Vaccination Hyderabad 1890-1903 - 1890-1903
Year: 1890
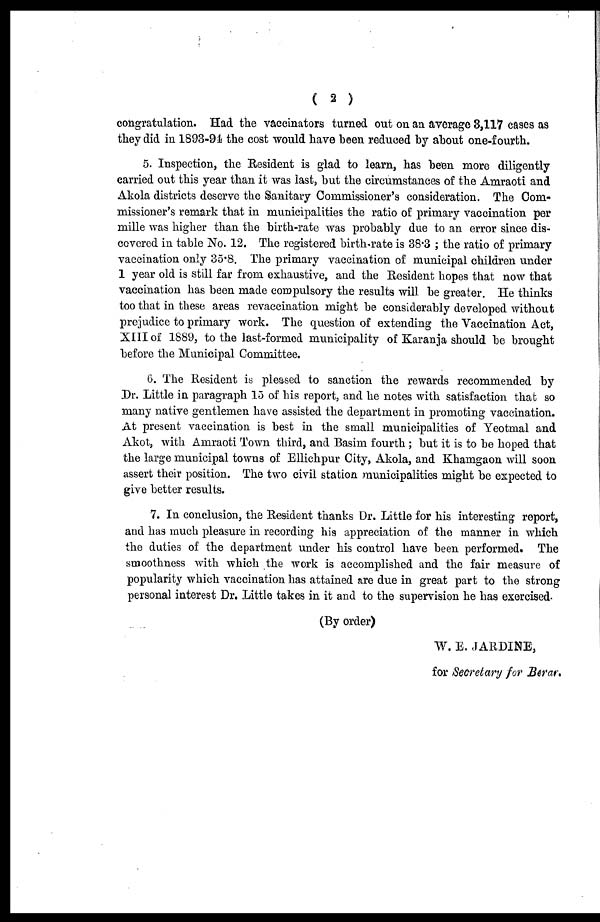
( 2 )
congratulation. Had the vaccinators turned out on an average 3,117 cases as
they did in 1893-94 the cost would have been reduced by about one-fourth.
5. Inspection, the Resident is glad to learn, has been more diligently
carried out this year than it was last, but the circumstances of the Amraoti and
Akola districts deserve the Sanitary Commissioner's consideration. The Com-
missioner's remark that in municipalities the ratio of primary vaccination per
mille was higher than the birth-rate was probably due to an error since dis-
covered in table No. 12. The registered birth-rate is 38.3 ; the ratio of primary
vaccination only 35.8. The primary vaccination of municipal children under
1 year old is still far from exhaustive, and the Resident hopes that now that
vaccination has been made compulsory the results will be greater. He thinks
too that in these areas revaccination might be considerably developed without
prejudice to primary work. The question of extending the Vaccination Act,
XIII of 1889, to the last-formed municipality of Karanja should be brought
before the Municipal Committee.
6. The Resident is pleased to sanction the rewards recommended by
Dr. Little in paragraph 15 of his report, and he notes with satisfaction that so
many native gentlemen have assisted the department in promoting vaccination.
At present vaccination is best in the small municipalities of Yeotmal and
Akot, with Amraoti Town third, and Basim fourth ; but it is to be hoped that
the large municipal towns of Ellichpur City, Akola, and Khamgaon will soon
assert their position. The two civil station municipalities might be expected to
give better results.
7. In conclusion, the Resident thanks Dr. Little for his interesting report,
and has much pleasure in recording his appreciation of the manner in which
the duties of the department under his control have been performed. The
smoothness with which the work is accomplished and the fair measure of
popularity which vaccination has attained are due in great part to the strong
personal interest Dr. Little takes in it and to the supervision he has exercised.
(By order)
W. E. JARDINE,
for Secretary for Berar,